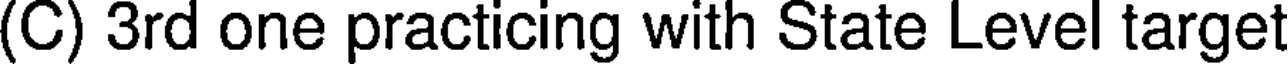
(C) 3rd one practicing with State Level target